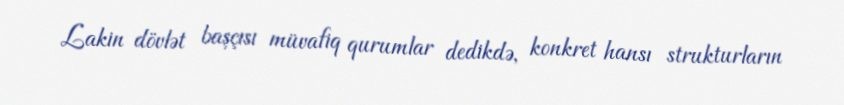
Lakin dövlət başçısı müvafiq qurumlar dedikdə, konkret hansı strukturların